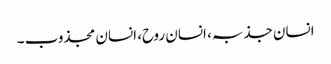
انسان جذبہ، انسان روح، انسان مجذوب ۔